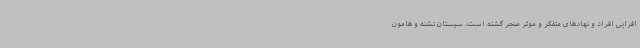
افزایی افراد و نهادهای متفکر و موثر منجر گشته است. سیستان تشنه و هامون